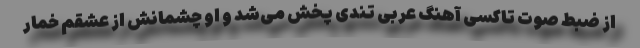
از ضبط صوت تاکسی آهنگ عربی تندی پخش می‌شد و او چشمانش از عشقم خمار